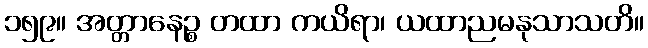
၁၅၉။ အတ္တာနေဉ္စ တထာ ကယိရာ၊ ယထာညမနုသာသတိ။